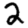
Digit: 2